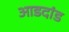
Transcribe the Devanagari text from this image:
आडदांड